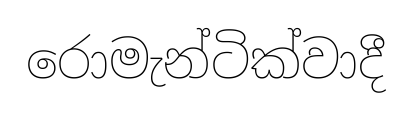
රොමැන්ටික්වාදී